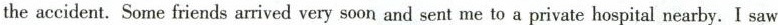
the accident. Some friends arrived very soon and sent me to a private hospital nearby.I saw